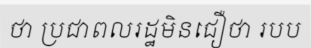
ថា ប្រជាពលរដ្ឋមិនជឿថា របប